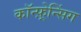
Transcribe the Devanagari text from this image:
कॉन्फ़्रेन्सिंग